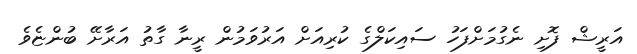
އަރީޝް ފޮށި ނެގުމަށްފަހު ސައިކަލްގެ ކުރިއަށް އަރުވަމުން ރީނާ ގާތު އަރާށޭ ބުންޏެވެ